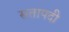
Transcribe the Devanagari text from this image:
सतापदी